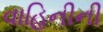
વાહિનીની